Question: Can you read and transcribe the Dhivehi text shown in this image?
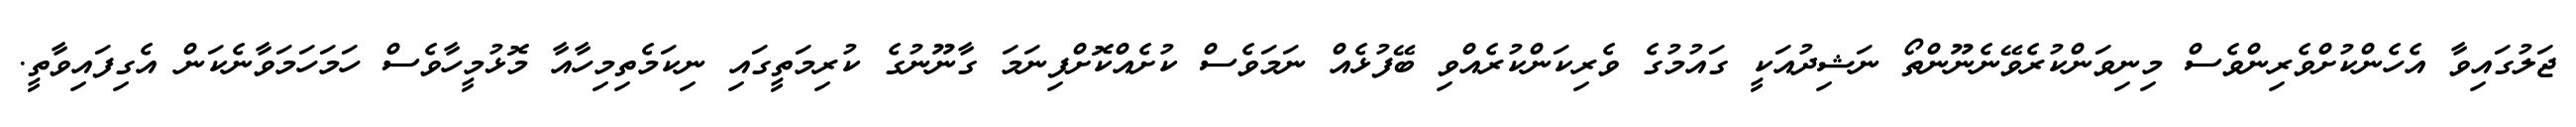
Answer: ޖަލުގައިވާ އެހެންކުށްވެރިންވެސް މިނިވަންކުރެވޭނެނޫންތޯ ނަޝިދުއަކީ ގައުމުގެ ވެރިކަންކުރެއްވި ބޭފުޅެއް ނަމަވެސް ކުށެއްކޮށްފިނަމަ ގާނޫނުގެ ކުރިމަތީގައި ނިކަމެތިމިހާއާ މޮޅުމީހާވެސް ހަމަހަމަވާނެކަން އެގިފައިވާތީ.